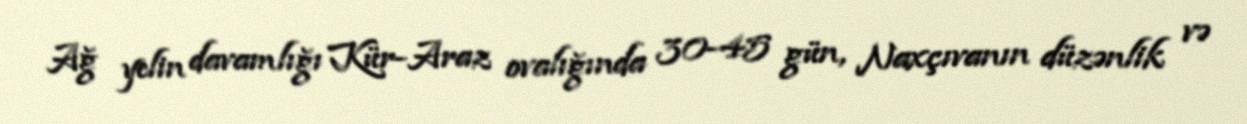
Ağ yelin davamlığı Kür-Araz ovalığında 30-45 gün, Naxçıvanın düzənlik və